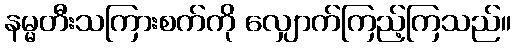
နမ္မတီးသကြားစက်ကို လျှောက်ကြည့်ကြသည်။